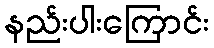
နည်းပါးကြောင်း